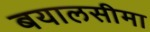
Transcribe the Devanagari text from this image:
बयालसीमा